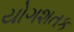
યોગશતક